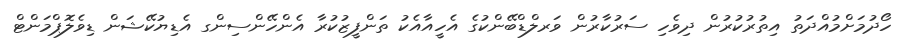
ހޯދުމަށްމުއްދަތު އިތުރުކުރުން ދިވެހި ސަރުކާރުން ވަރލްޑްބޭންކުގެ އެހީއާއެކު ތަންފީޒުކުރާ އެންހޭންސިންގ އެޑިޔުކޭޝަން ޑިވެލޮޕްމަންޓް